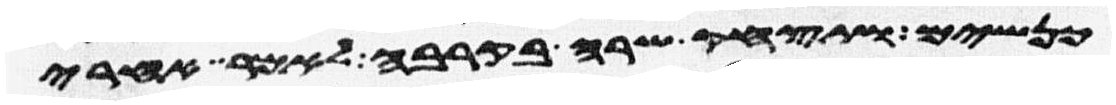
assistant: כנשים ותצחק שרה בקרבה לאמר אחרי